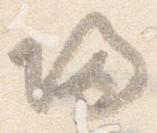
帰